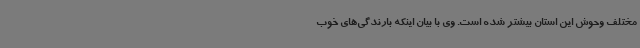
مختلف وحوش این استان بیشتر شده است. وی با بیان اینکه بارندگی‌های خوب